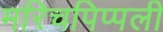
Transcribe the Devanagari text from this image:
मरिचपिप्पली